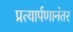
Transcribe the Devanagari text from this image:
प्रत्यार्पणानंतर